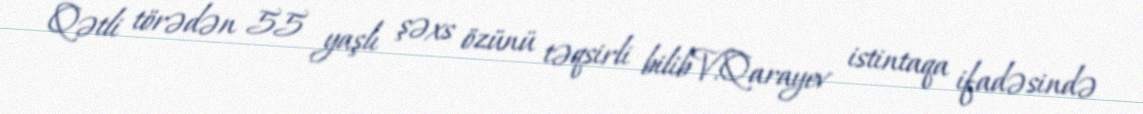
Qətli törədən 55 yaşlı şəxs özünü təqsirli bilibV.Qarayev istintaqa ifadəsində